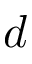
d